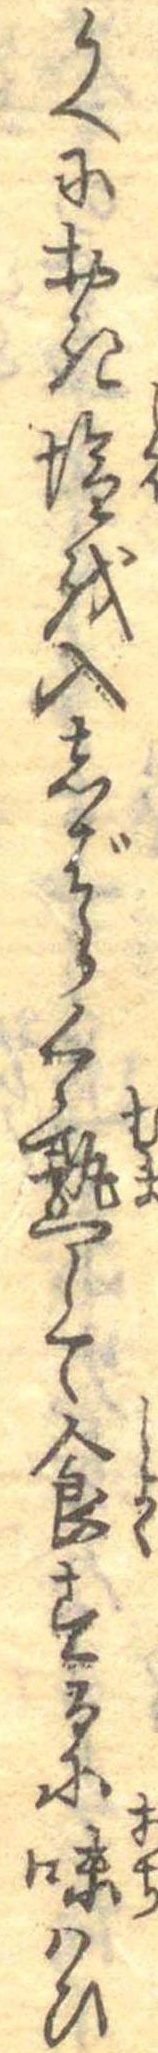
うへにおき塩を入しばらく熟して食するに味はひ